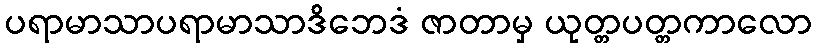
ပရာမာသာပရာမာသာဒိဘေဒံ ဇာတာမှ ယုတ္တပတ္တကာလော